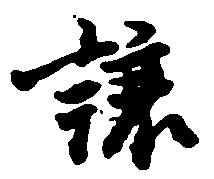
譲